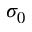
\sigma _ { 0 }